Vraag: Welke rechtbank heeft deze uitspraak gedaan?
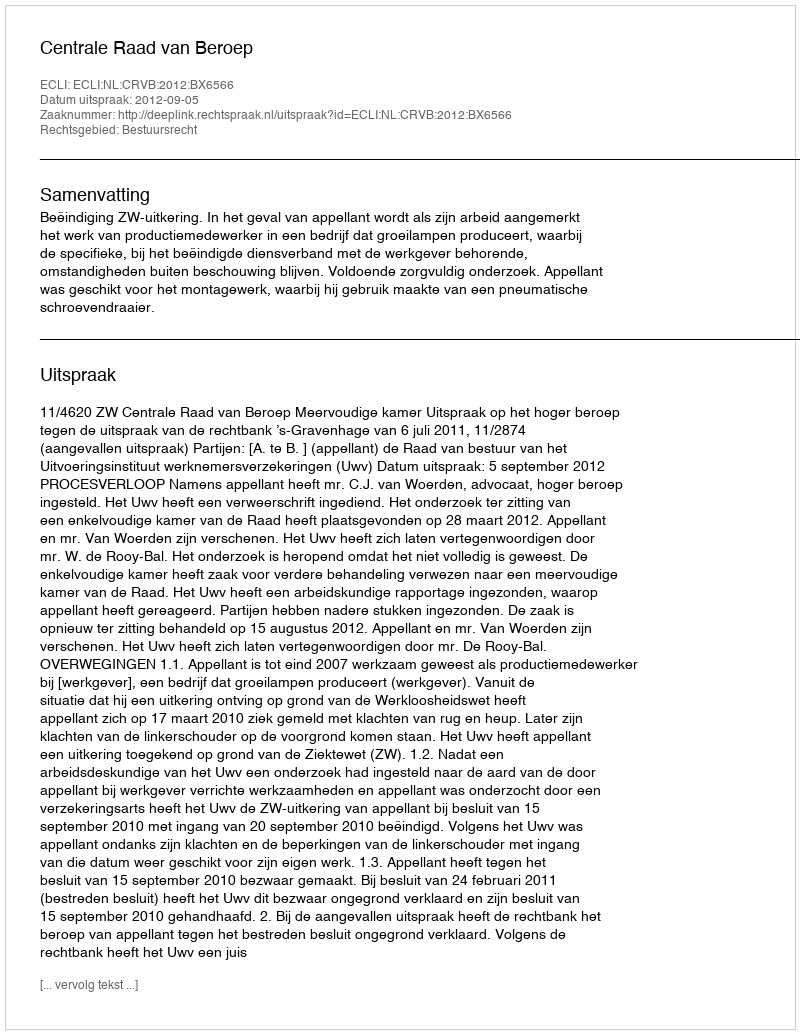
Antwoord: Centrale Raad van Beroep